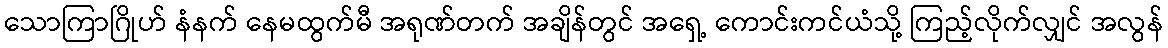
သောကြာဂြိုဟ် နံနက် နေမထွက်မီ အရုဏ်တက် အချိန်တွင် အရှေ့ ကောင်းကင်ယံသို့ ကြည့်လိုက်လျှင် အလွန်